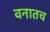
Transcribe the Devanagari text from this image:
वनातच